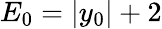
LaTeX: E_{0}=\vert y_{0}\vert+2